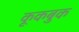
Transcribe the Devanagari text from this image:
कूकबुक